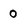
Character: 0